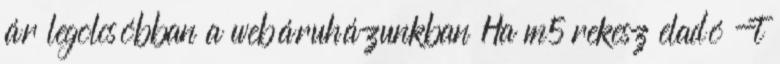
ár legolcsóbban a webáruházunkban Ha m5 rekesz eladó -t